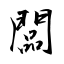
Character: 闆